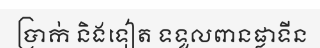
ប្រាក់ និងទៀត ទទួលពានផ្លាទីន